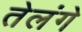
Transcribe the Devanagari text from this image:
तेलंगे